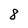
Character: 8